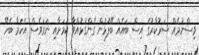
ވިސްނުމެއް ސަރުކާރުގެ އިސް ބައެއް ބޭފުޅުން ގެންގުޅުއްވާ ކަމަށާއި ނަމަވެސް އެކަމާ ބެހޭ